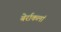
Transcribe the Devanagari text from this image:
बेर्राकलां